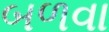
બળવા